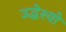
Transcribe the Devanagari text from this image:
उद्धेश्यों